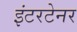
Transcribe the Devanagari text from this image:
इंटरटेनर